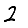
Digit: 2